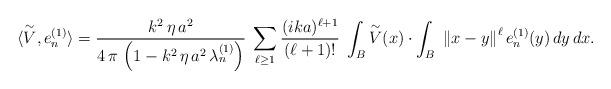
LaTeX: \begin{align*}\langle \overset{\sim}{V}, e_{n}^{(1)} \rangle = \frac{k^{2} \, \eta \, a^{2}}{4 \, \pi \, \left( 1 - k^{2} \, \eta \, a^{2} \, \lambda_{n}^{(1)} \right)} \; \sum_{\ell \geq 1} \frac{(ika)^{\ell+1}}{(\ell+1)!} \; \int_{B} \overset{\sim}{V}(x) \cdot \int_{B} \; \left\Vert x - y \right\Vert^{\ell} e_{n}^{(1)}(y) \, dy \, dx.\end{align*}